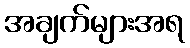
အချက်များအရ